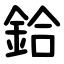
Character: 鉿